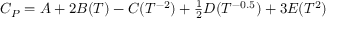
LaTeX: C _ { P } = A + 2 B ( T ) - C ( T ^ { - 2 } ) + \textstyle { \frac { 1 } { 2 } } D ( T ^ { - 0 . 5 } ) + 3 E ( T ^ { 2 } )